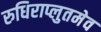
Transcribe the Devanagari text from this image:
रुधिराप्लुतमेव